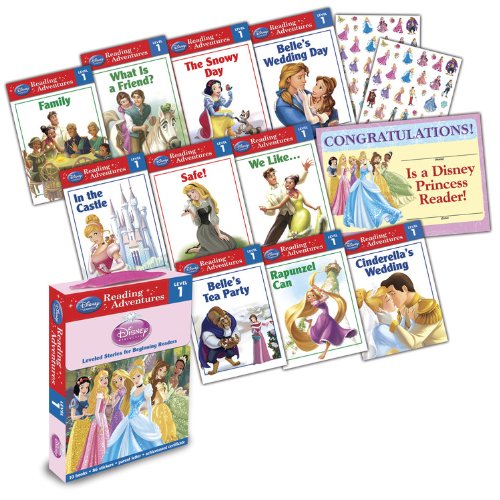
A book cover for Reading Adventures Disney Princess Level 1 Boxed Set; Disney Book Group; Children's Books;